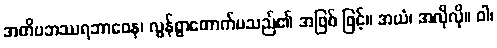
အတိပဘဿရဘာဝေန၊ လွန်စွာတောက်ပသည်၏ အဖြစ် ဖြင့်။ အယံ၊ အလိုလို။ ဝါ၊